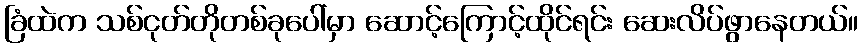
ခြံထဲက သစ်ငုတ်တိုတစ်ခုပေါ်မှာ ဆောင့်ကြောင့်ထိုင်ရင်း ဆေးလိပ်ဖွာနေတယ်။